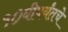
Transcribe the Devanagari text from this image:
१०वीपर्यंतचे